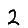
Digit: 2